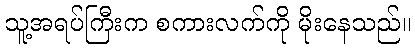
သူ့အရပ်ကြီးက စကားလက်ကို မိုးနေသည်။